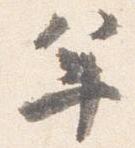
年